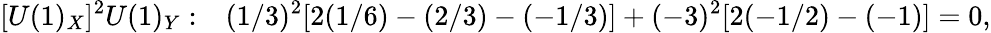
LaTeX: [U(1)_{X}]^{2}U(1)_{Y}:~~~(1/3)^{2}[2(1/6)-(2/3)-(-1/3)]+(-3)^{2}[2(-1/2)-(-1)]=0,